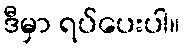
ဒီမှာ ရပ်ပေးပါ။